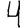
Digit: 4